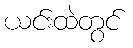
ယင်းထဲတွင်